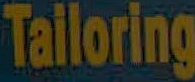
Tailoring